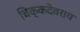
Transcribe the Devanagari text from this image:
चिक्कदेवराय